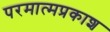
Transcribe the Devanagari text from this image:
परमात्मप्रकाश